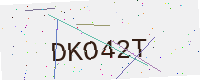
Text: DKO42T